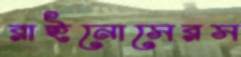
রাইনোসেরস